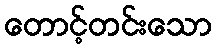
တောင့်တင်းသော